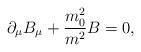
LaTeX: \begin{align*}\partial _\mu B_\mu +\frac{m_0^2}{m^2}B=0,\end{align*}